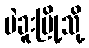
ပဲခူးမြို့သို့